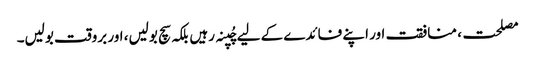
مصلحت، منافقت اور اپنے فائدے کے لیے چُپنہ رہیں بلکہ سچ بولیں، اور بروقت بولیں۔